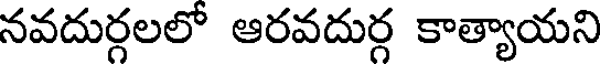
నవదుర్గలలో ఆరవదుర్గ కాత్యాయని